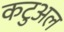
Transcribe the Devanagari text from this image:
कटुअल